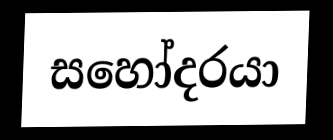
සහෝදරයා